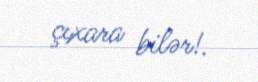
çıxara bilər!.